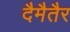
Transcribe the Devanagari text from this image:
दैमैतैर